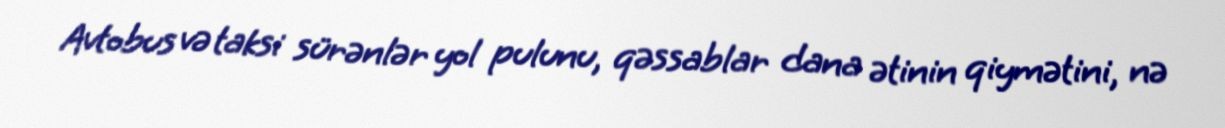
Avtobus və taksi sürənlər yol pulunu, qəssablar dana ətinin qiymətini, nə